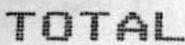
TOTAL